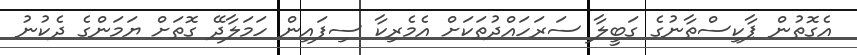
އެގޮތުން ޕާކިސްތާނުގެ ގަބީލާ ސަރަހައްދުތަކަށް އެމެރިކާ ސިފައިން ހަމަލާދޭ ގޮތަށް ޔަމަންގެ ދެކުނު